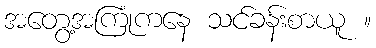
အတွေ့အကြုံကနေ သင်ခန်းစာယူ ။